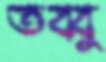
তব্বু